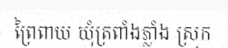
ព្រៃពាយ ឃុំត្រពាំងភ្លាំង ស្រុក